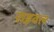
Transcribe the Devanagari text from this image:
राइवल